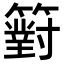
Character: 𥵢